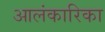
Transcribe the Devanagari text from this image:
आलंकारिका